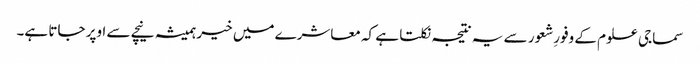
سماجی علوم کے وفورِشعور سے یہ نتیجہ نکلتا ہے کہ معاشرے میں خیر ہمیشہ نیچے سے اوپر جاتا ہے۔